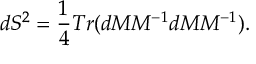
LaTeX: d S ^ { 2 } = \frac { 1 } { 4 } T r ( d M M ^ { - 1 } d M M ^ { - 1 } ) .